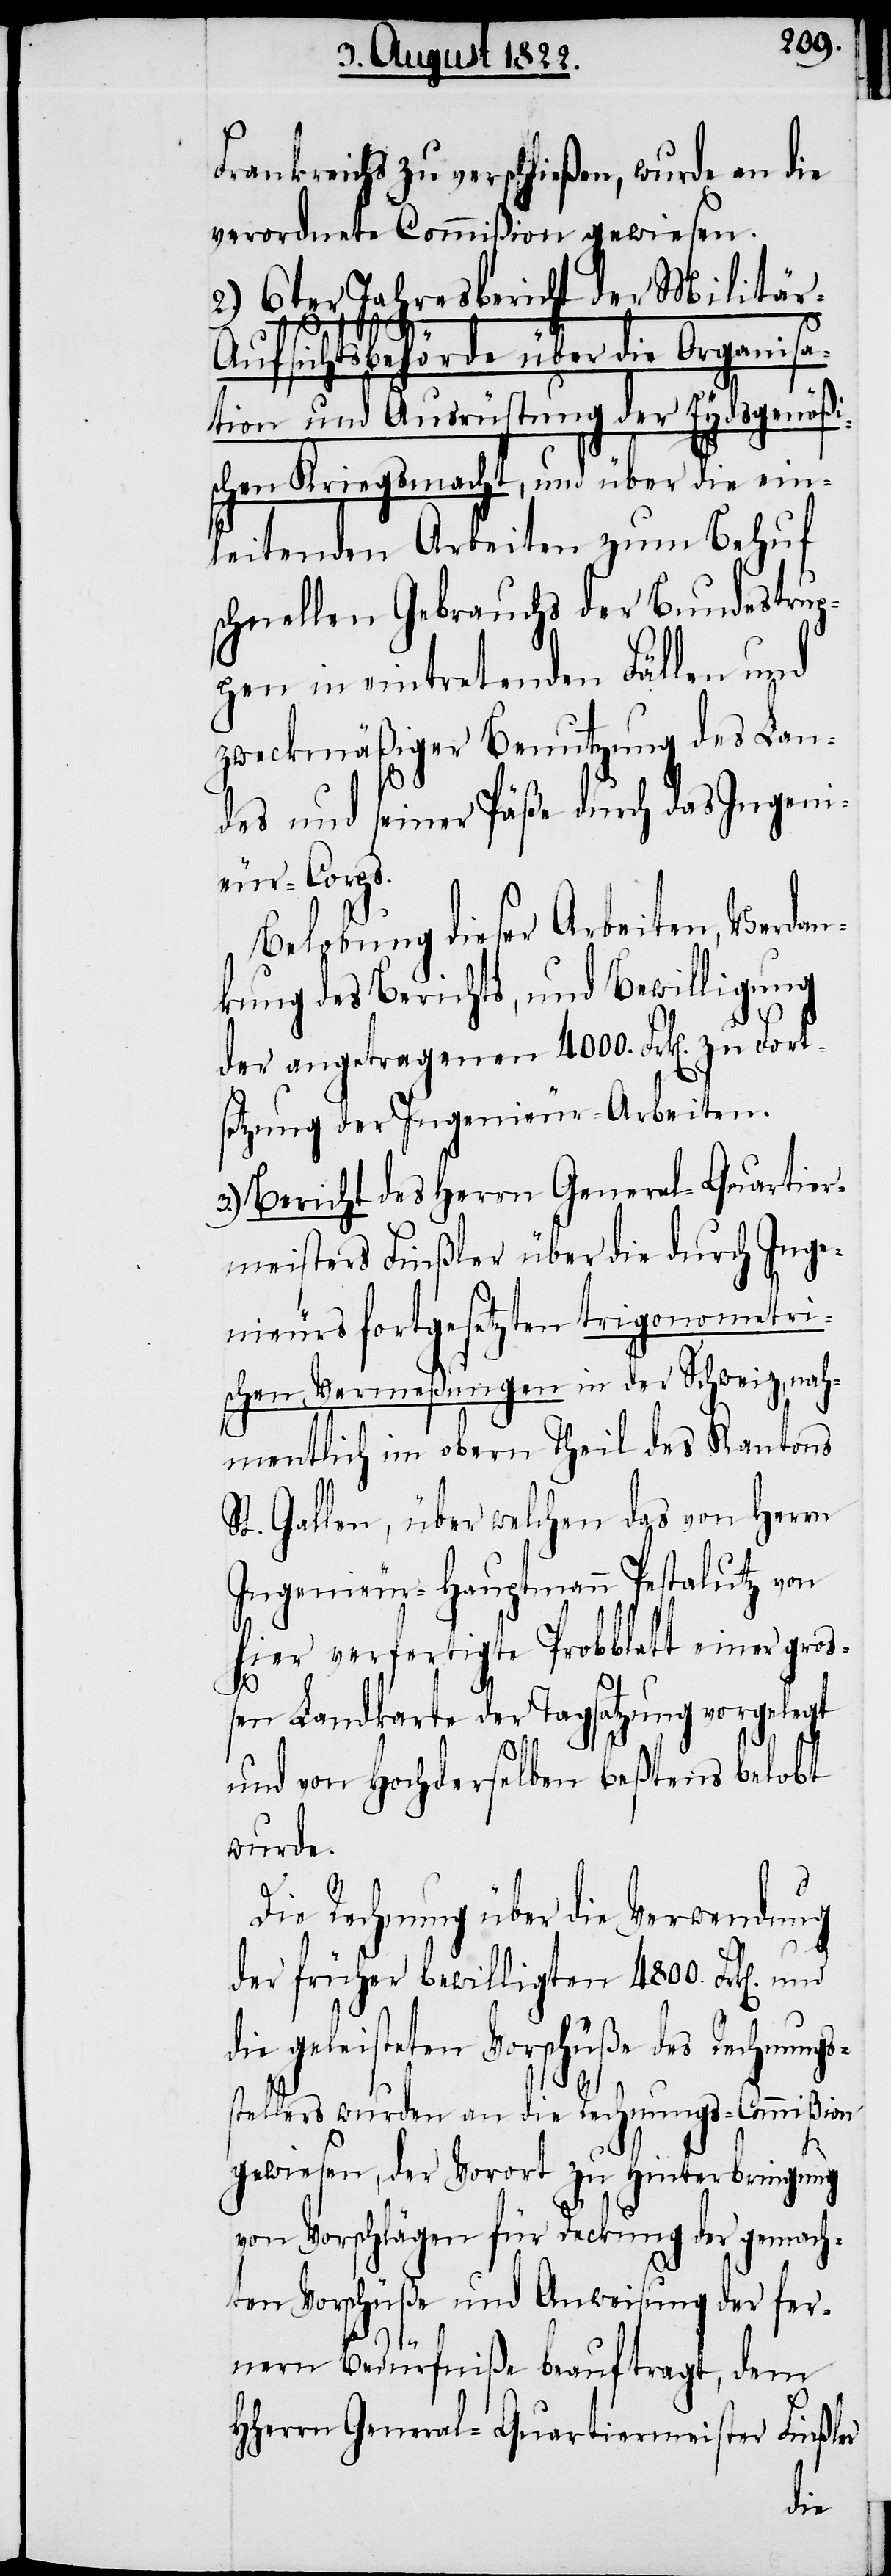
Frankreichs zu verschließen, wurde an die
verordnete Commißion gewiesen.
2.) 6ter Jahresbericht der Militär-A¬
ufsichtsbehörde über die Organisa¬
tion und Ausrüstung der Eydsgenößi¬
schen Kriegsmacht, und über die ein¬
leitenden Arbeiten zum Behuf
schnellen Gebrauchs der Bundestrup¬
pen in eintretenden Fällen und
zweckmäßiger Benutzung des Lan¬
des und seiner Päße durch das Ingeni¬
eur-Corps.
Belobung dieser Arbeiten, Verdan¬
kung des Berichts, und Bewilligung
der angetragenen 4000. Frk[en]. zu Fort¬
setzung der Ingenieur-Arbeiten.
3.) Bericht des Herrn General-Quartier¬
meisters Finßler über die durch Inge¬
nieurs fortgesetzten trigonometri¬
schen Vermeßungen in der Schweiz, nah¬
mentlich im obern Theil des Kantons
St. Gallen, über welchen das von Herren
Ingenieur-Hauptmann Pestalutz von
hier verfertigte Probblatt einer groß¬
en Landkarte der Tagsatzung vorgelegt
und von Hochderselben beßtens belobt
wurde.
Die Rechnung über die Verwendung
der früher bewilligten 4800. Frk[en].
die geleisteten Vorschüße des Rechnungs¬
stellers wurden an die Rechnungs-Commißion
gewiesen, der Vorort zu Hinterbringung
von Vorschlägen für Deckung der gemach¬
ten Vorschüße und Anweisung der fer¬
nern Bedürfniße beauftragt, dem
HHerrn General-Quartiermeister Finßler